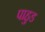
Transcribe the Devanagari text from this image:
पाहुड